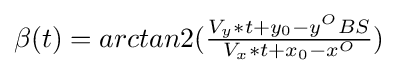
\beta (t)=arctan2(\textstyle {\frac {V_{y}*t+y_{0}-y^{O}BS}{V_{x}*t+x_{0}-x^{O}}})